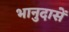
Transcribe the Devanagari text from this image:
भानुदासें